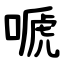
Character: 嗁